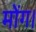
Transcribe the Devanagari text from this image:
मोंग।